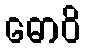
ဓောဝိ